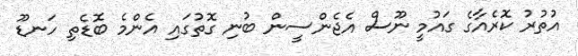
އުތުރު ކޮރެއާގެ ގައުމީ ނޫސް އެޖެންސީން ބުނި ގޮތުގައި އެންމެ ބޮޑެތި ހަނޑޫ